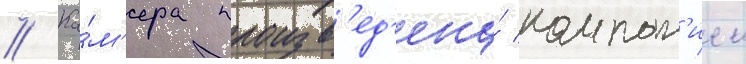
// Ка́м'ера произв'ед'ена́ компан'иеи